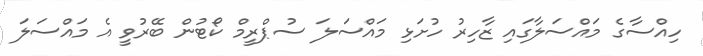
ހިއްސާގެ މައްސަލާގައި ޒާހިރު ހުށަޅި މައްސަލަ ސުޕްރީމް ކޯޓުން ބޭރުވީ އެ މައްސަލަ